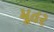
મૂતર